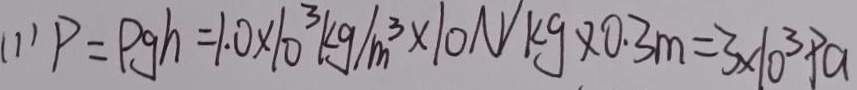
( 1 ) P = \rho g h = 1 . 0 \times 1 0 ^ { 3 } k g / m ^ { 3 } \times 1 0 N / k g \times 0 . 3 m = 3 \times 1 0 ^ { 3 } P a